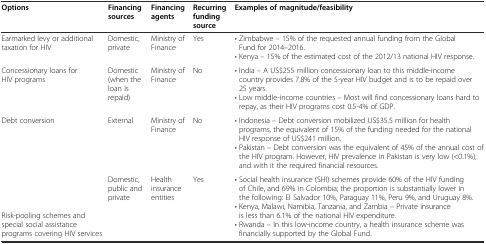
| Options | Financing sources | Financing agents | Recurring funding source | Examples of magnitude/feasibility |
 | --- | --- | --- | --- | --- |
 | Earmarked levy or additional taxation for HIV | Domestic, private | Ministry of Finance | Yes | • Zimbabwe – 15% of the requested annual funding from the Global Fund for 2014–2016. • Kenya – 15% of the estimated cost of the 2012/13 national HIV response. |
 | Concessionary loans for HIV programs | Domestic (when the loan is repaid) | Ministry of Finance | No | • India – A US$255 million concessionary loan to this middle-income country provides 7.8% of the 5-year HIV budget and is to be repaid over 25 years. • Low middle-income countries – Most will find concessionary loans hard to repay, as their HIV programs cost 0.5-4% of GDP. |
 | Debt conversion | External | Ministry of Finance | No | • Indonesia – Debt conversion mobilized US$35.5 million for health programs, the equivalent of 15% of the funding needed for the national HIV response of US$241 million. • Pakistan – Debt conversion was the equivalent of 45% of the annual cost of the HIV program. However, HIV prevalence in Pakistan is very low (<0.1%), and with it the required financial resources. |
 | Risk-pooling schemes and special social assistance programs covering HIV services | Domestic, public and private | Health insurance entities | Yes | • Social health insurance (SHI) schemes provide 60% of the HIV funding of Chile, and 69% in Colombia; the proportion is substantially lower in the following: El Salvador 10%, Paraguay 11%, Peru 9%, and Uruguay 8%. • Kenya, Malawi, Namibia, Tanzania, and Zambia – Private insurance is less than 6.1% of the national HIV expenditure. • Rwanda – In this low-income country, a health insurance scheme was financially supported by the Global Fund. |